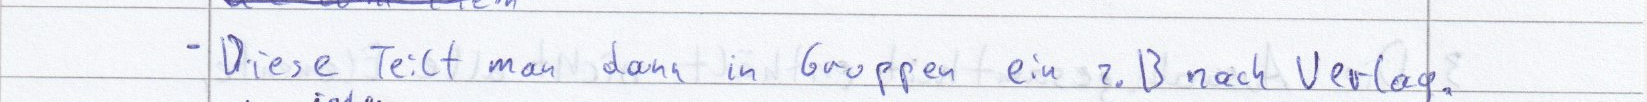
- Diese Teilt man dann in Gruppen ein z.B nach Verlag